Indian journal of veterinary science and animal husbandry - Volumes 22-23, 1952-1953
Year: 1952
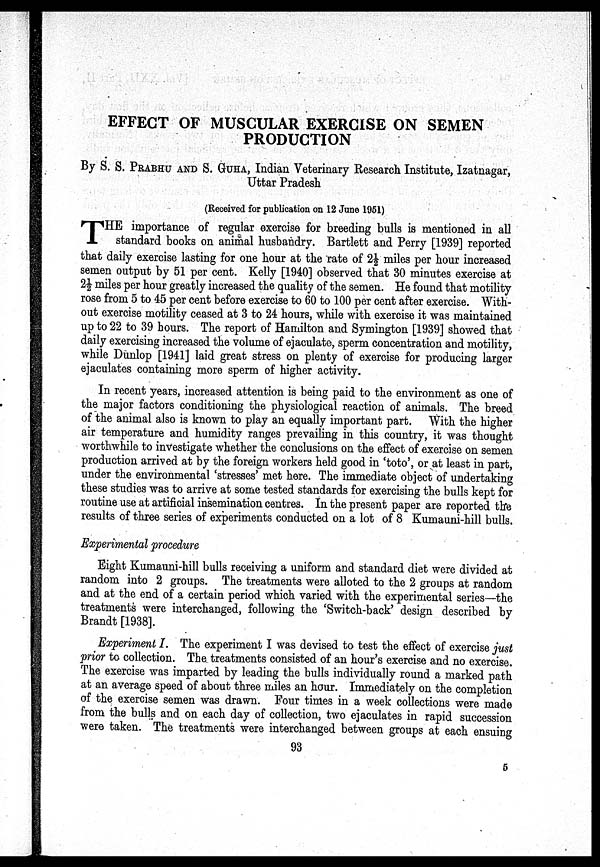
EFFECT OF MUSCULAR EXERCISE ON SEMEN
PRODUCTION
By S. S. PRABHU AND S. GUHA, Indian Veterinary Research Institute, Izatnagar,
Uttar Pradesh
(Received for publication on 12 June 1951)
T HE importance of regular exercise for breeding bulls is mentioned in all
standard books on animal husbandry. Bartlett and Perry [1939] reported
that daily exercise lasting for one hour at the rate of 2½ miles per hour increased
semen output by 51 per cent. Kelly [1940] observed that 30 minutes exercise at
2½ miles per hour greatly increased the quality of the semen. He found that motility
rose from 5 to 45 per cent before exercise to 60 to 100 per cent after exercise. With-
out exercise motility ceased at 3 to 24 hours, while with exercise it was maintained
up to 22 to 39 hours. The report of Hamilton and Symington [1939] showed that
daily exercising increased the volume of ejaculate, sperm concentration and motility,
while Dunlop [1941] laid great stress on plenty of exercise for producing larger
ejaculates containing more sperm of higher activity.
In recent years, increased attention is being paid to the environment as one of
the major factors conditioning the physiological reaction of animals. The breed
of the animal also is known to play an equally important part. With the higher
air temperature and humidity ranges prevailing in this country, it was thought
worthwhile to investigate whether the conclusions on the effect of exercise on semen
production arrived at by the foreign workers held good in 'toto', or at least in part,
under the environmental 'stresses' met here. The immediate object of undertaking
these studies was to arrive at some tested standards for exercising the bulls kept for
routine use at artificial insemination centres. In the present paper are reported the
results of three series of experiments conducted on a lot of 8 Kumauni-hill bulls.
Experimental procedure
Eight Kumauni-hill bulls receiving a uniform and standard diet were divided at
random into 2 groups. The treatments were alloted to the 2 groups at random
and at the end of a certain period which varied with the experimental series—the
treatments were interchanged, following the 'Switch-back' design described by
Brandt [1938].
Experiment I. The experiment I was devised to test the effect of exercise just
prior to collection. The treatments consisted of an hour's exercise and no exercise.
The exercise was imparted by leading the bulls individually round a marked path
at an average speed of about three miles an hour. Immediately on the completion
of the exercise semen was drawn. Four times in a week collections were made
from the bulls and on each day of collection, two ejaculates in rapid succession
were taken. The treatments were interchanged between groups at each ensuing
93
5